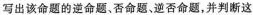
写出该命题的逆命题、否命题、逆否命题，并判断这